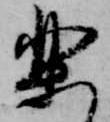
楽